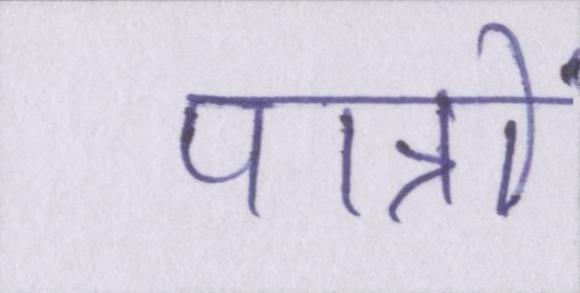
पात्रों